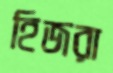
হিজরা